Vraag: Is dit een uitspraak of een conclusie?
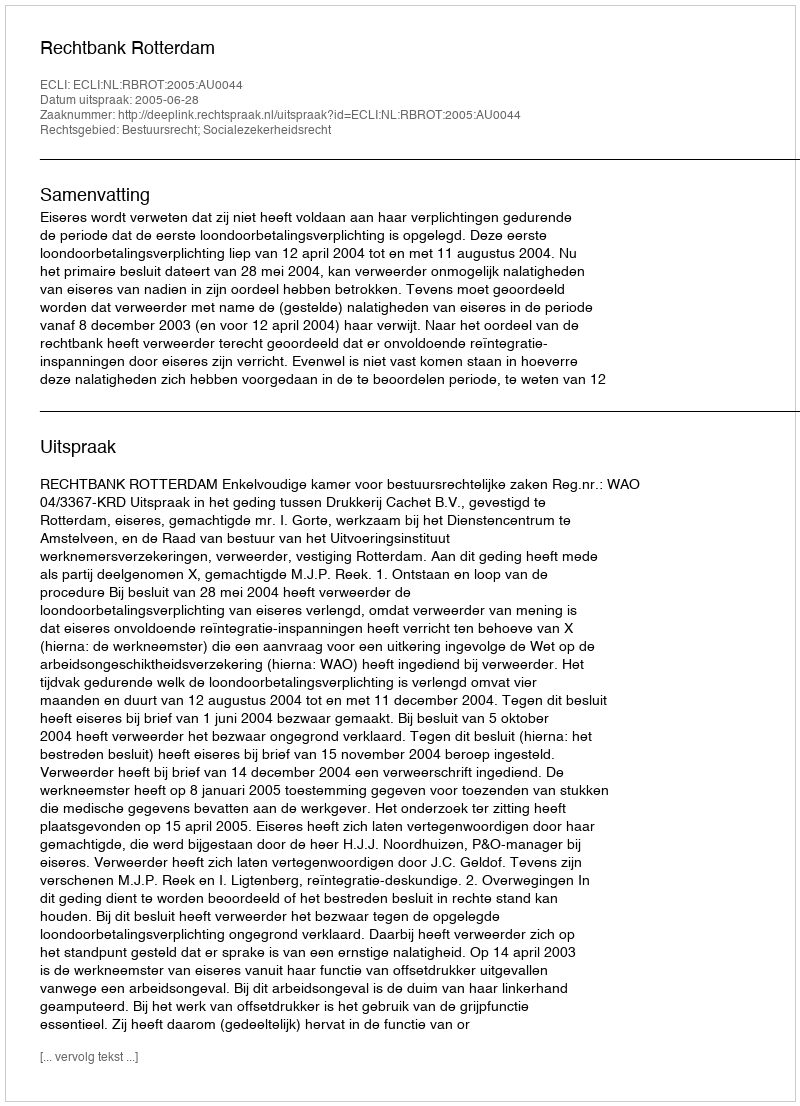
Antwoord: Uitspraak